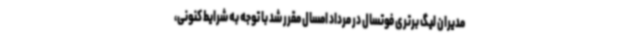
مدیران لیگ برتری فوتسال در مرداد امسال مقرر شد با توجه به شرایط کنونی،